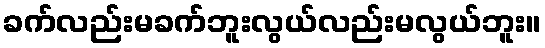
ခက်လည်းမခက်ဘူးလွယ်လည်းမလွယ်ဘူး။